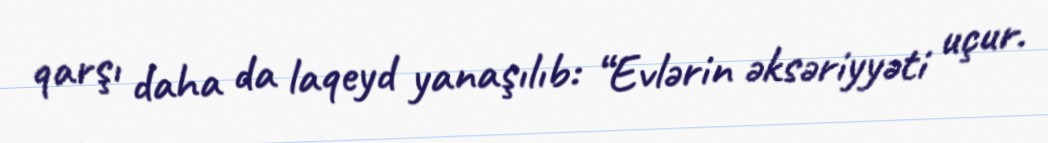
qarşı daha da laqeyd yanaşılıb: “Evlərin əksəriyyəti uçur.